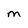
Character: M